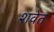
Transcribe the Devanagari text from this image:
शवेत